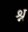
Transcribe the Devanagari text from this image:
श्न